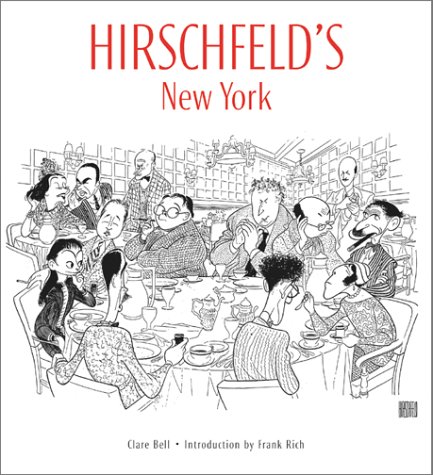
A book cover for Hirschfeld's New York; Frank Rich; Comics & Graphic Novels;